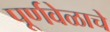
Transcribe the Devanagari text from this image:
पूर्णवेळाचे